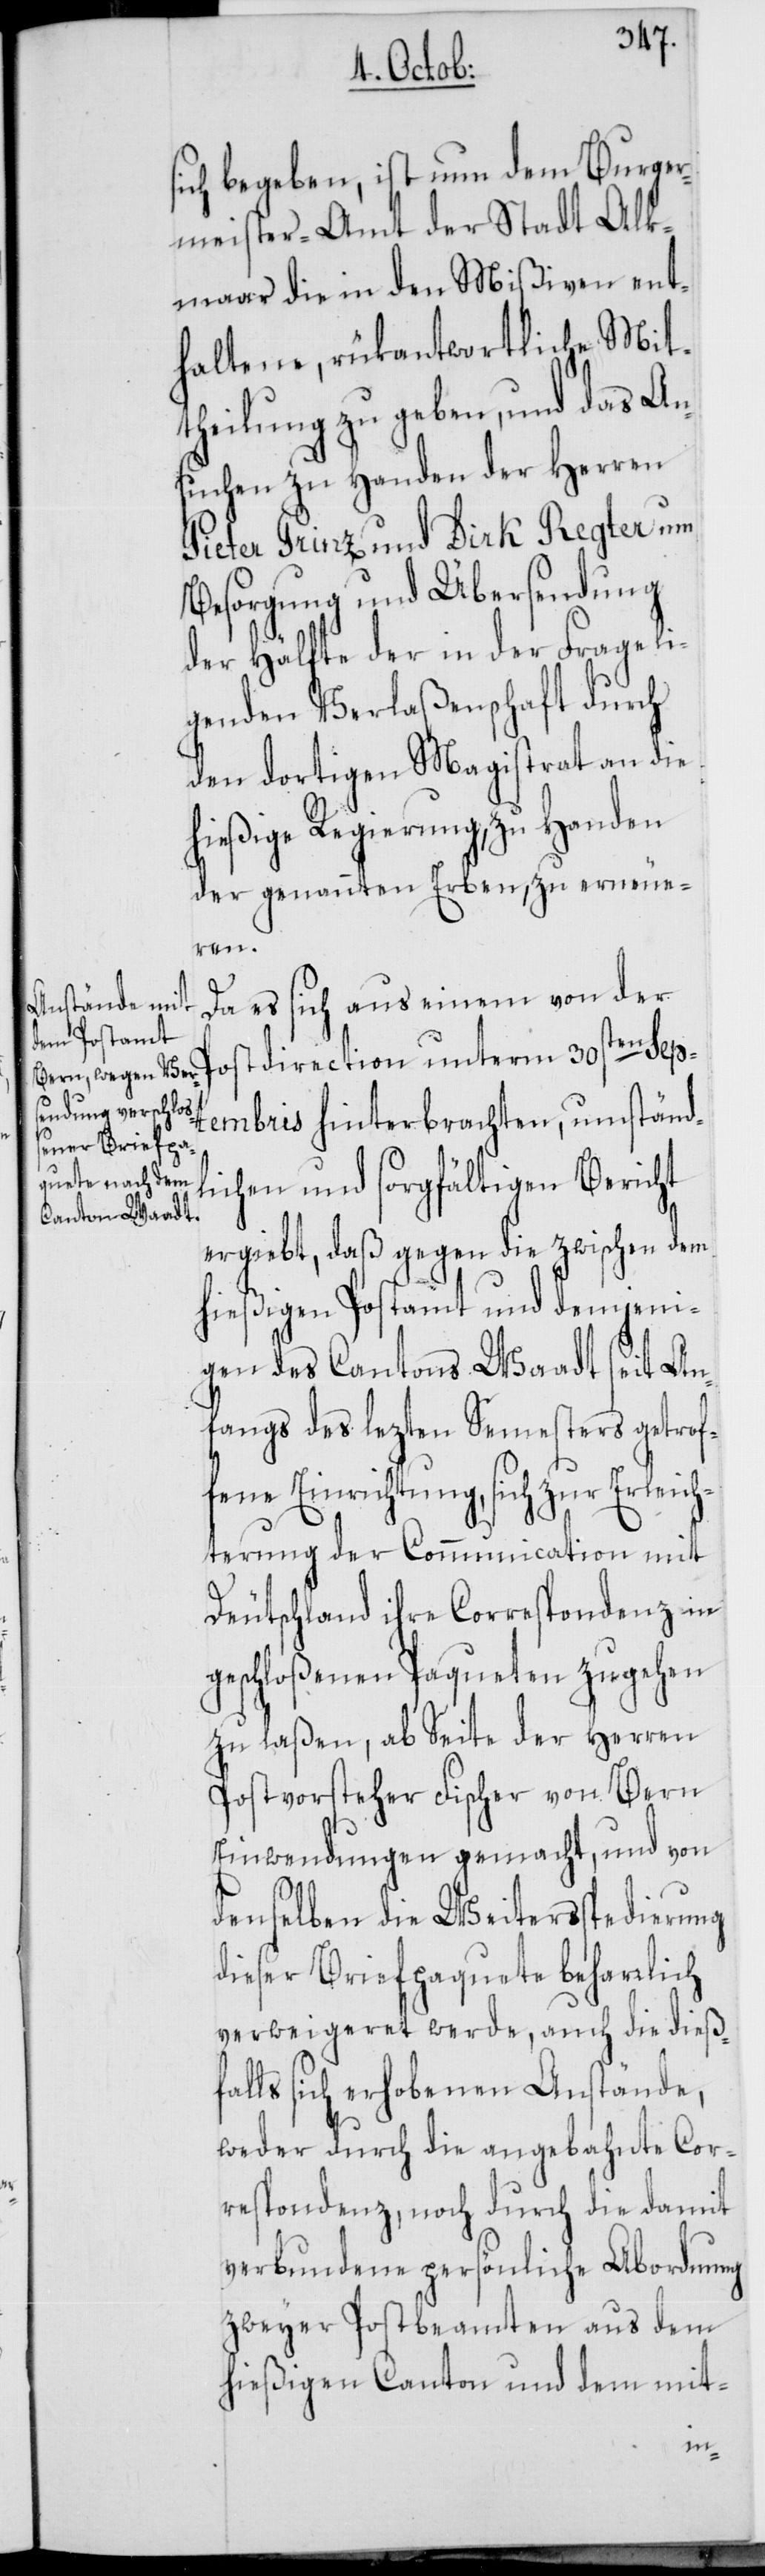
sich begeben, ist nun dem Burger¬
meister-Amt der Stadt Alk¬
maar die in den Mißiven ent¬
haltene, rükantwortliche Mit¬
theilung zu geben, und das An¬
suchen zu Handen der Herren
Pieter Prinz und Dirk Regter um
Besorgung und Übersendung
der Hälfte der in der Frage li¬
genden Verlaßenschaft durch
den dortigen Magistrat an die
hießige Regierung, zu Handen
der genannten Erben, zu erneue¬
ren.
Da es sich aus einem von der
Postdirection unterm 30ste¬
n Septembris hinterbrachten, umständ¬
lichen und sorgfältigen Bericht
ergiebt, daß gegen die zwischen dem
hießigen Postamt und demjeni¬
gen des Cantons Waadt seit An¬
fangs des lezten Semesters getrof¬
fene Einrichtung, sich zur Erleich¬
terung der Communication mit
Deutschland ihre Correspondenz in
geschloßenen Paqueten zugehen
zu laßen, ab Seite der Herren
Postvorsteher Fischer von Bern
Einwendungen gemacht, und von
denselben die Weitersspedierung
dieser Briefpaquete beharrlich
verweigeret werde, auch die dieß¬
falls sich erhobenen Anstände,
weder durch die angebahnte Cor¬
respondenz, noch durch die damit
verbundene persönliche Abordnung
zweyer Postbeamten aus dem
hießigen Canton und dem mit-